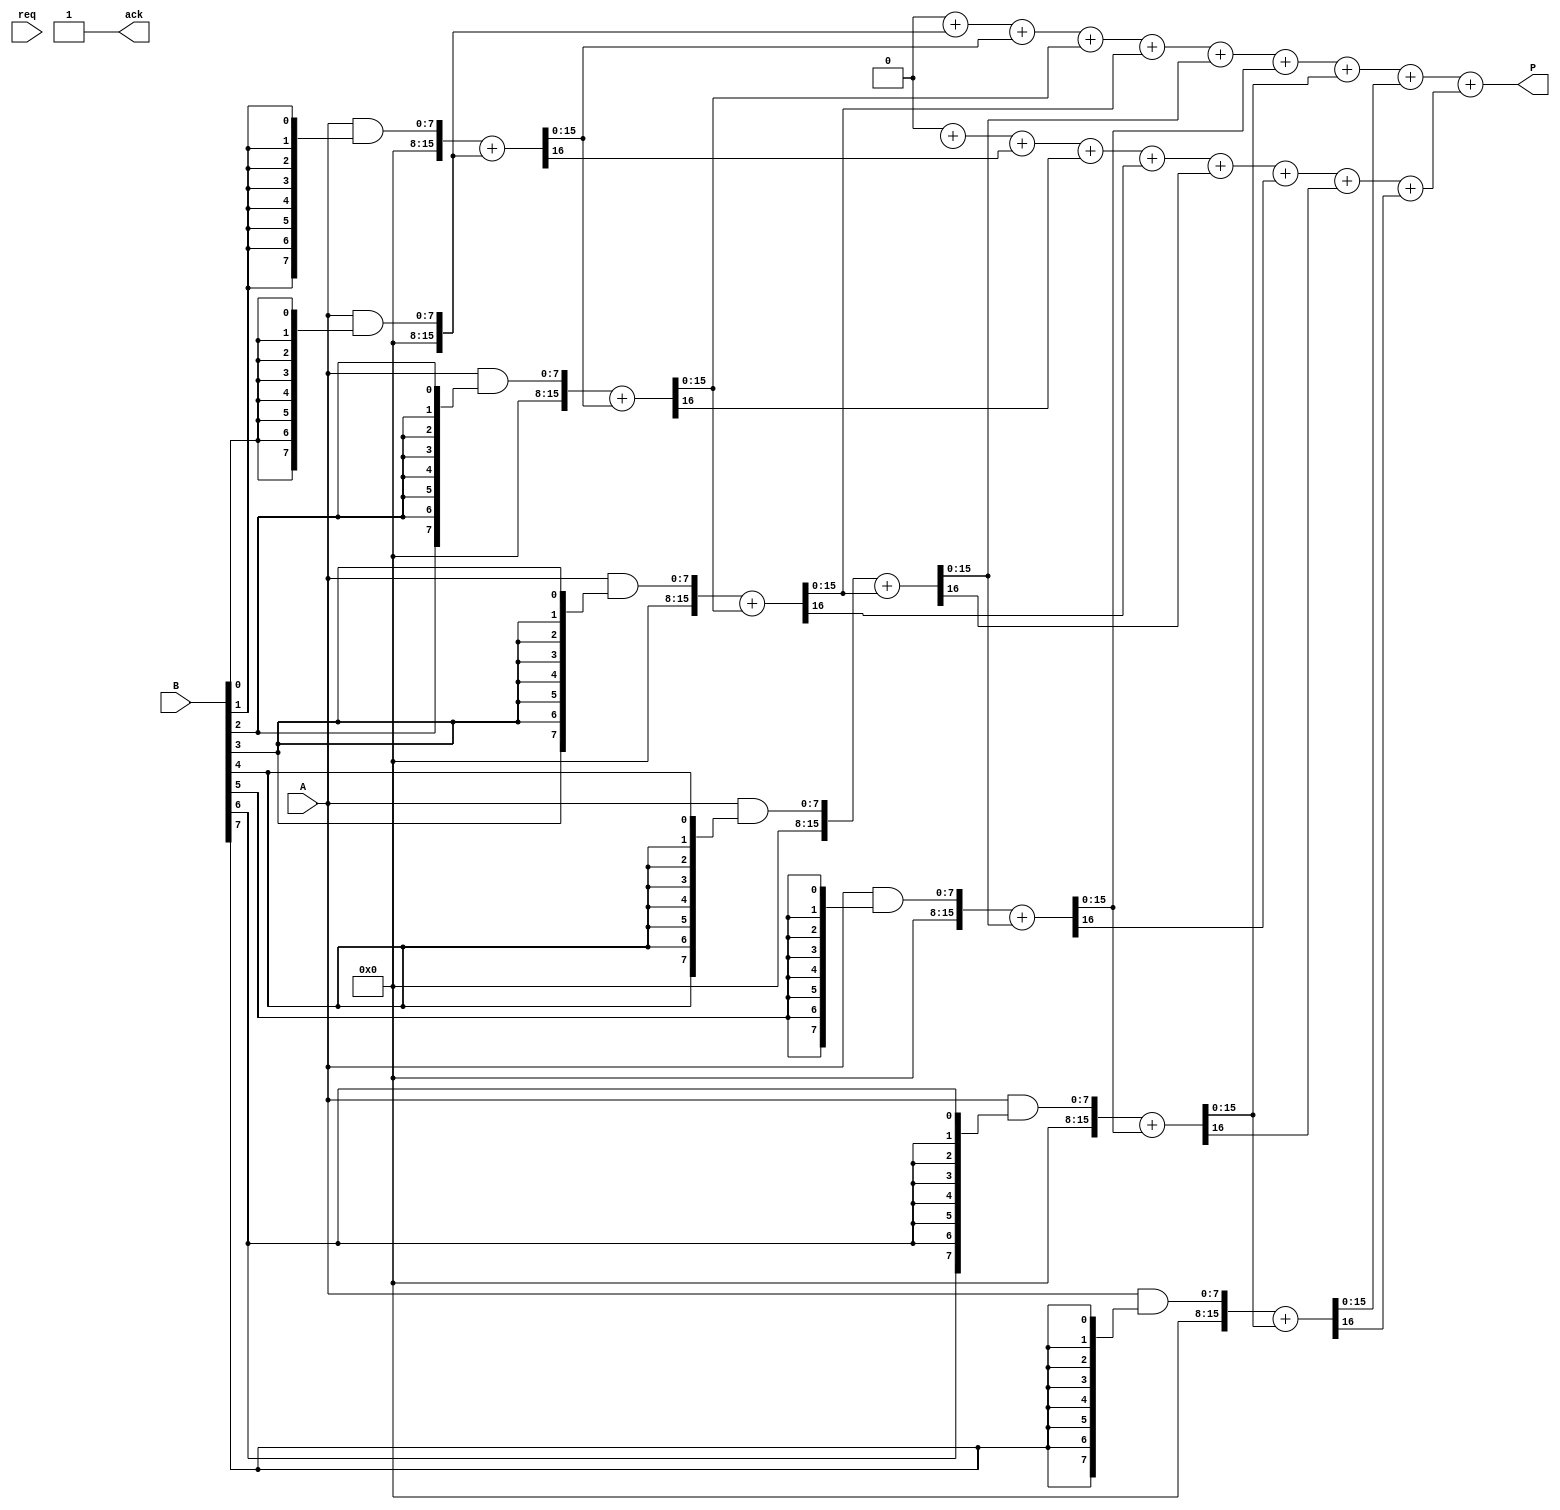
module async_wallace_tree_multiplier #(
    parameter A_WIDTH = 8, // Width of operand A
    parameter B_WIDTH = 8  // Width of operand B
)(
    input wire [A_WIDTH-1:0] A,   // Input operand A
    input wire [B_WIDTH-1:0] B,   // Input operand B
    input wire req,                // Request signal
    output reg [A_WIDTH + B_WIDTH - 1:0] P, // Output product
    output reg ack                 // Acknowledge signal
);

    // Internal signals
    wire [A_WIDTH + B_WIDTH - 1:0] partial_products [0:B_WIDTH-1];
    wire [A_WIDTH + B_WIDTH - 1:0] sum_stage [0:B_WIDTH-1];
    wire [A_WIDTH + B_WIDTH - 1:0] carry_stage [0:B_WIDTH-1];
    reg [A_WIDTH + B_WIDTH - 1:0] final_sum;
    reg [A_WIDTH + B_WIDTH - 1:0] final_carry;

    // Generate partial products
    genvar i;
    generate
        for (i = 0; i < B_WIDTH; i = i + 1) begin: partial_product_gen
            assign partial_products[i] = A & { {A_WIDTH{B[i]}} };
        end
    endgenerate

    // Wallace tree reduction
    integer j;
    always @(req) begin
        ack = 0;
        // Stage 1: Sum partial products
        for (j = 0; j < B_WIDTH; j = j + 1) begin
            if (j > 0) begin
                {carry_stage[j], sum_stage[j]} = partial_products[j] + sum_stage[j-1];
            end else begin
                sum_stage[j] = partial_products[j];
            end
        end
        
        // Stage 2: Final summation
        final_sum = 0;
        final_carry = 0;
        for (j = 0; j < B_WIDTH; j = j + 1) begin
            final_sum = final_sum + sum_stage[j];
            final_carry = final_carry + carry_stage[j];
        end

        // Output the final product
        P = final_sum + final_carry;
        ack = 1; // Acknowledge the request
    end
endmodule